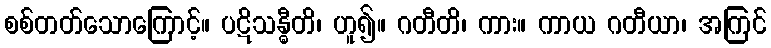
စစ်တတ်သောကြောင့်။ ပဋိသန္ဓီတိ၊ ဟူ၍။ ဂတီတိ၊ ကား။ ကာယ ဂတီယာ၊ အကြင်